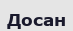
Досан